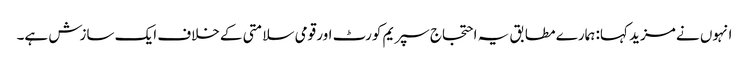
انہوں نے مزید کہا: ہمارے مطابق یہ احتجاج سپریم کورٹ اور قومی سلامتی کے خلاف ایک سازش ہے۔